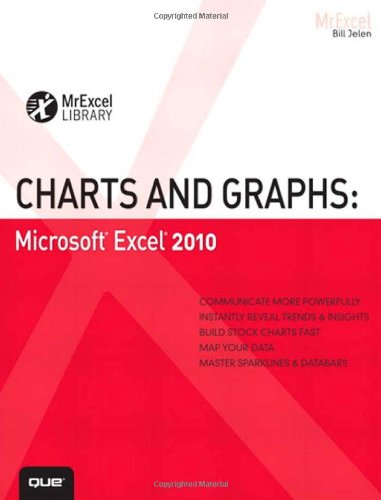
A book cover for Charts and Graphs: Microsoft Excel 2010 (MrExcel Library); Bill Jelen; Computers & Technology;